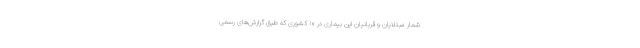
شمار مبتلایان و قربانیان این بیماری در ۱۰ کشوری که طبق گزارش‌های رسمی